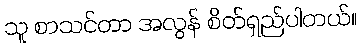
သူ စာသင်တာ အလွန် စိတ်ရှည်ပါတယ်။